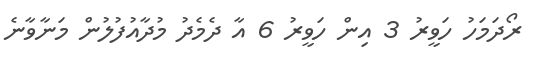
ރޯދަމަހު ހަވީރު 3 އިން ހަވީރު 6 އާ ދެމެދު މުދާއުފުލުން މަނާވާނެ